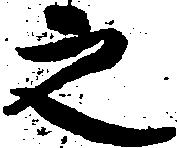
之